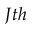
J t h